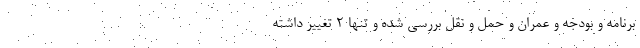
برنامه و بودجه و عمران و حمل و نقل بررسی شده و تنها ۲ تغییر داشته